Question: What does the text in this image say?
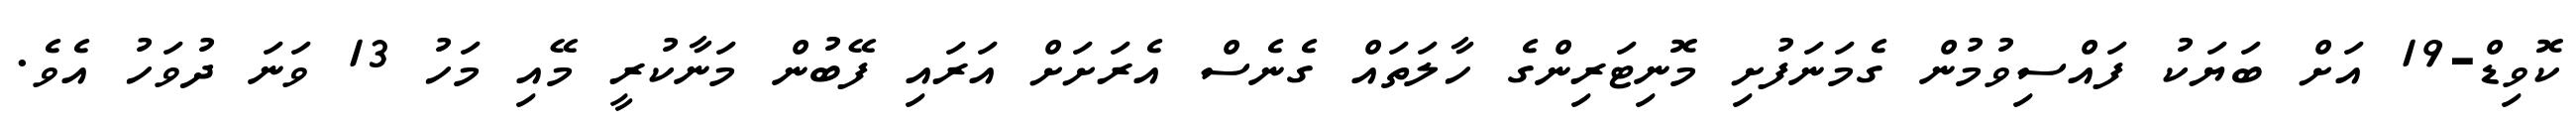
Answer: ކޮވިޑް-19 އަށް ބަޔަކު ފައްސިވުމުން ގެމަނަފުށި މޮނިޓަރިންގެ ހާލަތައް ގެނެސް އެރަށަށް އަރައި ފޭބުން މަނާކުރީ މޭއި މަހު 13 ވަނަ ދުވަހު އެވެ.